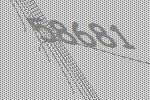
58681